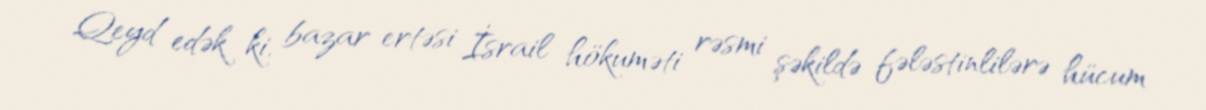
Qeyd edək ki, bazar ertəsi İsrail hökuməti rəsmi şəkildə fələstinlilərə hücum